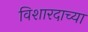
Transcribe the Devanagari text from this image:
विशारदाच्या